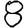
Digit: 8